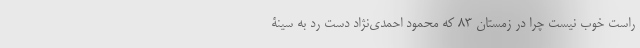
راست خوب نیست چرا در زمستان 83 که محمود احمدی‌نژاد دست رد به سینۀ